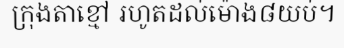
ក្រុងតាខ្មៅ រហូតដល់ម៉ោង៨យប់។